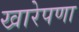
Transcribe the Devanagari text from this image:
खारेपणा